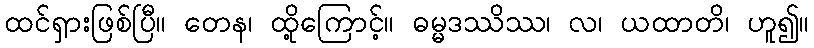
ထင်ရှားဖြစ်ပြီ။ တေန၊ ထို့ကြောင့်။ ဓမ္မဒဿိဿ၊ လ၊ ယထာတိ၊ ဟူ၍။